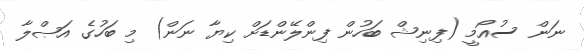
ނަން ސުއޯމީ (ފިނިޝް ބަހުން ފިންލޭންޑަށް ކިޔާ ނަން) މި ބަހުގެ އަޞްލާ